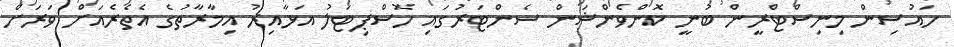
ހައުސިން މިނިސްޓްރީން ބުނީ ކޮންވެންޝަން ސެންޓަރުގައި ހޮސްޕިިޓަލު އަޅާއިރު އިމާރާތުގެ އެތެރެއަށް ވަރަށް